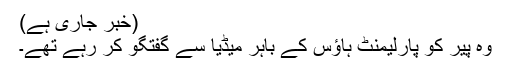
(خبر جاری ہے)
وہ پیر کو پارلیمنٹ ہاؤس کے باہر میڈیا سے گفتگو کر رہے تھے۔